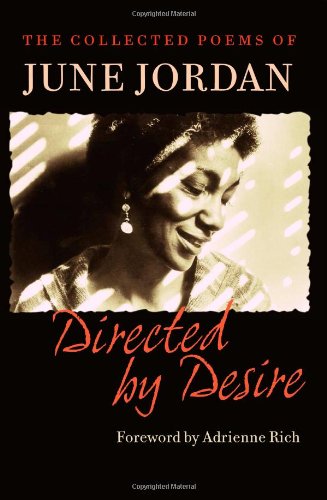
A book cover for Directed by Desire: The Collected Poems of June Jordan; June Jordan; Literature & Fiction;